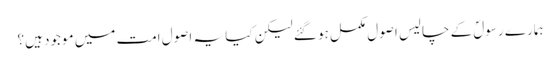
ہمارے رسولؐ کے چالیس اصول مکمل ہو گئے لیکن کیا یہ اصول امت میں موجود ہیں؟